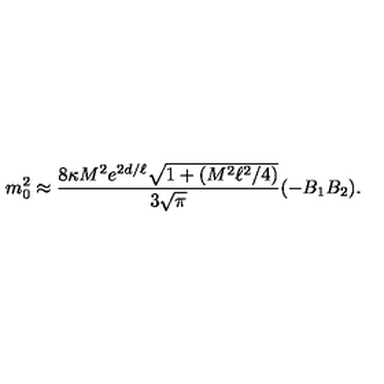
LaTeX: m _ { 0 } ^ { 2 } \approx { \frac { 8 \kappa M ^ { 2 } e ^ { 2 d / \ell } \sqrt { 1 + ( M ^ { 2 } \ell ^ { 2 } / 4 ) } } { 3 \sqrt { \pi } } } ( - B _ { 1 } B _ { 2 } ) .